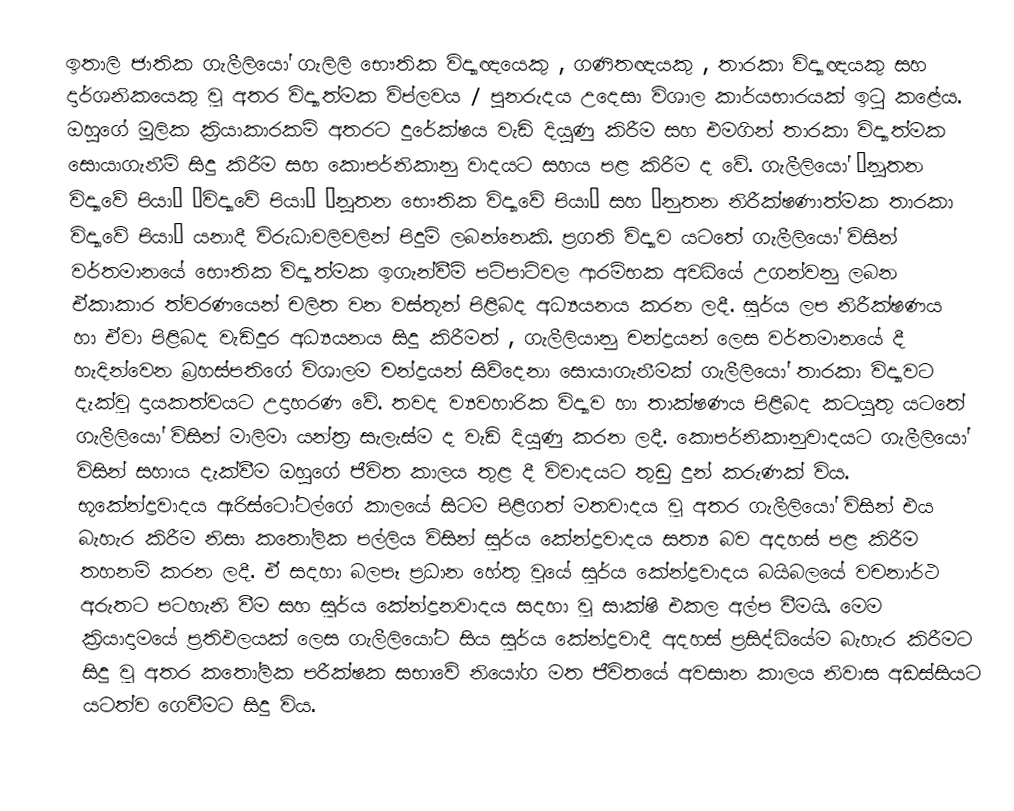
ඉතාලි ජාතික ගැලීලියෝ ගැලිලි භෞතික විද්‍යාඥයෙකු , ගණිතඥයකු , තාරකා විද්‍යාඥයකු සහ දාර්ශනිකයෙකු වූ අතර විද්‍යාත්මක විප්ලවය / පුනරුදය උදෙසා විශාල කාර්යභාරයක් ඉටු කළේය. ඔහුගේ මූලික ක්‍රියාකාරකම් අතරට දුරේක්ෂය වැඩි දියුණු කිරීම සහ එමගින් තාරකා විද්‍යාත්මක සොයාගැනීම් සිදු කිරීම සහ කොපර්නිකානු වාදයට සහය පළ කිරීම ද වේ. ගැලීලියෝ “නූතන විද්‍යාවේ පියා” “විද්‍යාවේ පියා” “නූතන භෞතික විද්‍යාවේ පියා” සහ “නුතන නිරීක්ෂණාත්මක තාරකා විද්‍යාවේ පියා” යනාදී විරුධාවලිවලින් පිදුම් ලබන්නෙකි. ප්‍රගති විද්‍යාව යටතේ ගැලීලියෝ විසින් වර්තමානයේ භෞතික විද්‍යාත්මක ඉගැන්වීම් පටිපාටිවල ආරම්භක අවධියේ උගන්වනු ලබන ඒකාකාර ත්වරණයෙන් චලිත වන වස්තූන් පිළිබද අධ්‍යයනය කරන ලදී. සූර්ය ලප නිරීක්ෂණය හා ඒවා පිළිබද වැඩිදුර අධ්‍යයනය සිදු කිරීමත් , ගැලීලියානු චන්ද්‍රයන් ලෙස වර්තමානයේ දී හැදින්වෙන බ්‍රහස්පතිගේ විශාලම චන්ද්‍රයන් සිව්දෙනා සොයාගැනීමක් ගැලීලියෝ තාරකා විද්‍යාවට දැක්වූ දායකත්වයට උදාහරණ වේ. තවද ව්‍යවහාරික විද්‍යාව හා තාක්ෂණය පිළිබද කටයුතු ය‍ටතේ ගැලීලියෝ විසින් මාලිමා යන්ත්‍ර සැලැස්ම ද වැඩි දියුණු කරන ලදී. කොපර්නිකානුවාදයට ගැලීලියෝ විසින් සහාය දැක්වීම ඔහුගේ ජීවිත කාලය තුළ දී විවාදයට තුඩු දුන් කරුණක් විය. භූකේන්ද්‍රවාදය ඇරිස්ටෝටල්ගේ කාලයේ සිටම පිළිගත් මතවාදය වූ අතර ගැලීලියෝ විසින් එය බැහැර කිරීම නිසා කතෝලික පල්ලිය විසින් සූර්ය කේන්ද්‍රවාදය සත්‍ය බව අදහස් පළ කිරීම තහනම් කරන ලදී. ඒ සදහා බලපෑ ප්‍රධාන හේතු වූයේ සූර්ය කේන්ද්‍රවාදය බයිබලයේ වචනාර්ථ අරුතට පටහැනි වීම සහ සූර්ය කේන්ද්‍රනවාදය සදහා වූ සාක්ෂි එකල අල්ප වීමයි. මෙම ක්‍රියාදාමයේ ප්‍රතිඵලයක් ලෙස ගැලීලියෝට සිය සූර්ය කේන්ද්‍රවාදී අදහස් ප්‍රසිද්ධියේම බැහැර කිරීමට සිදු වූ අතර කතෝලික පරීක්ෂක සභාවේ නියෝග මත ජීවිතයේ අවසාන කාලය නිවාස අඩස්සියට යටත්ව ගෙවීමට සිදු විය.